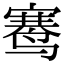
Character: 𬸣